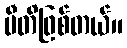
ပီတိဖြစ်တယ်။